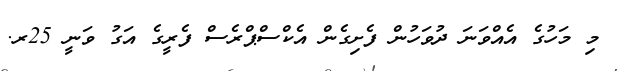
މި މަހުގެ އެއްވަނަ ދުވަހުން ފެށިގެން އެކްސްޕްރެސް ފެރީގެ އަގު ވަނީ 25ރ.